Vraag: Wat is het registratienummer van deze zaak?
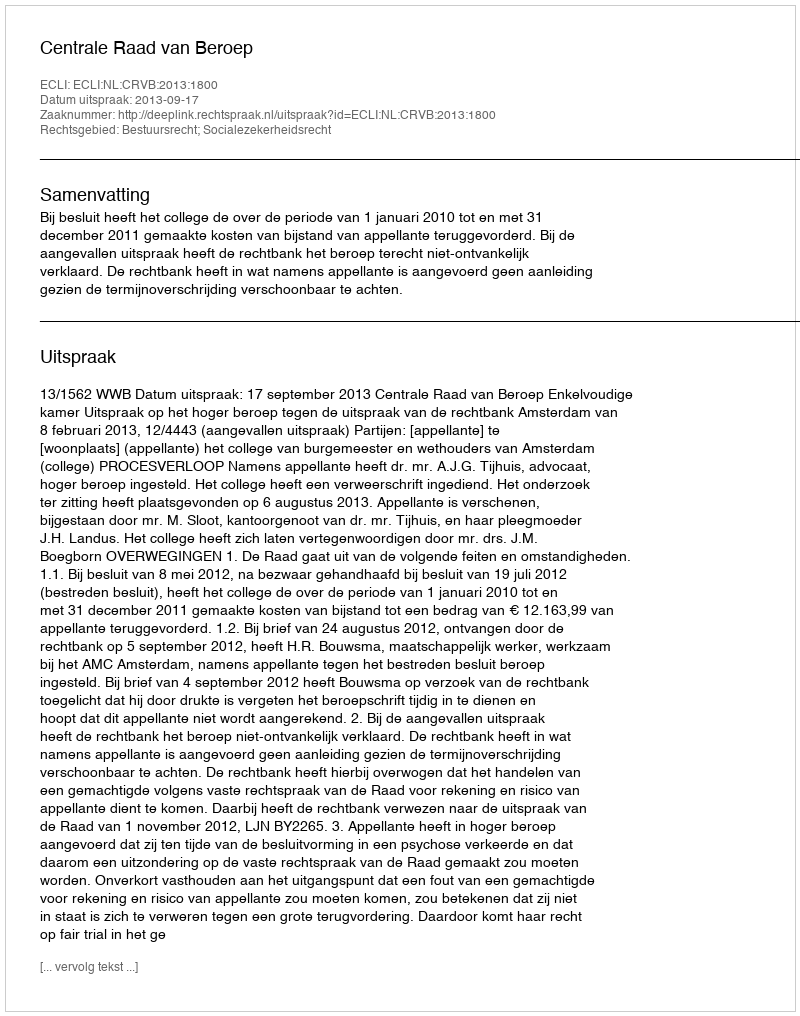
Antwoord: http://deeplink.rechtspraak.nl/uitspraak?id=ECLI:NL:CRVB:2013:1800